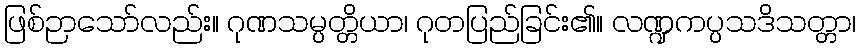
ဖြစ်ဉာသော်လည်း။ ဂုဏသမ္ပတ္တိယာ၊ ဂုတပြည်ခြင်း၏။ လဏ္ဍကပ္ပသဒိသတ္တာ၊